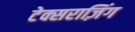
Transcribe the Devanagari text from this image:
टेक्सराज़िंग